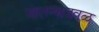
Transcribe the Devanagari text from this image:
जालन्याजवळ